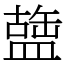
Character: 䀇